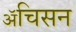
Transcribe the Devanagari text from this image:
ॲचिसन